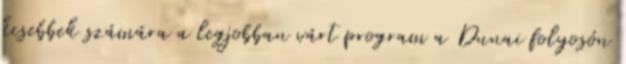
kisebbek számára a legjobban várt program a Dunai folyosón